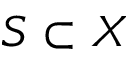
S \subset X